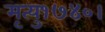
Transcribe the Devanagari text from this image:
मृत्यु१७४०।